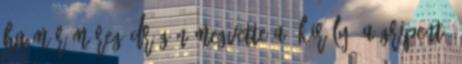
Ha már méreg drágán megvette a “király” a Gripent,